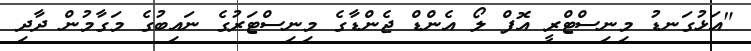
"އަޅުގަނޑު މިނިސްޓްރީ އޮފް ލޯ އެންޑް ޖެންޑާގެ މިނިސްޓަރުގެ ނައިބުގެ މަގާމުން ދާދި